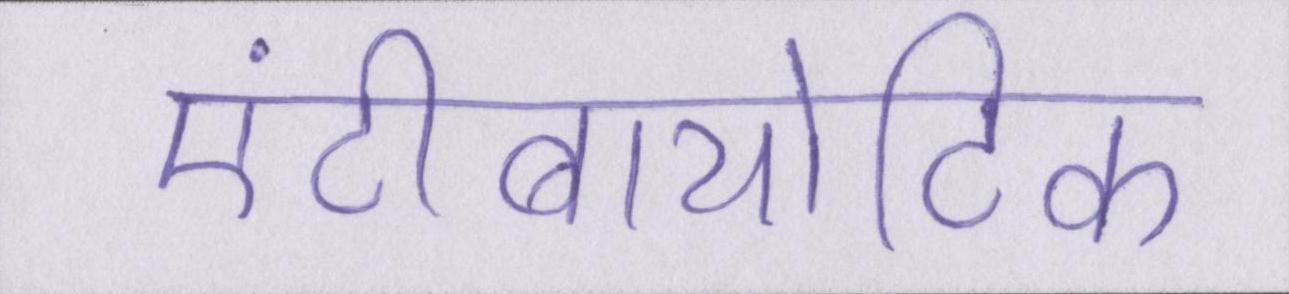
एंटीबायोटिक